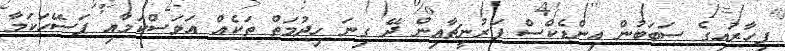
ފިހާރައިގެ ސަބަބުން އިންޑެކްސް ފަރުނީޗާއިން ދޭ ގިނަ ހިދުމަތް ތަކެއް އަވަސްކަމާއި ފަސޭހަކަމާ